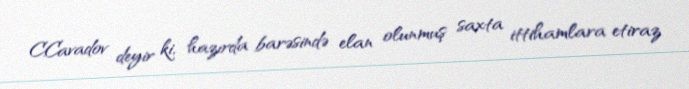
C.Cavadov deyir ki, hazırda barəsində elan olunmuş saxta ittihamlara etiraz